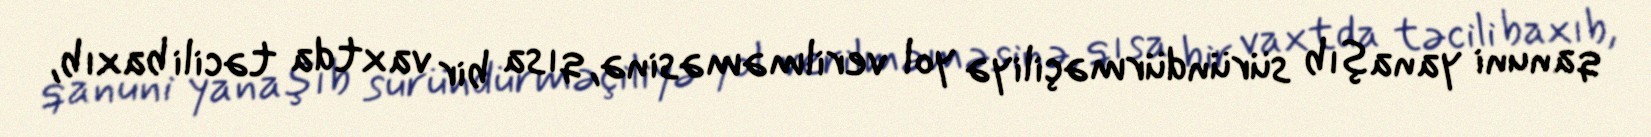
qanuni yanaşıb süründürməçiliyə yol verilməməsinə, qısa bir vaxtda təcili baxıb,